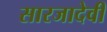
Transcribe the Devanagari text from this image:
सारजादेवी